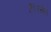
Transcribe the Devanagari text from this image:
हैं।रसेल